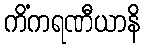
ကိံကရဏီယာနိ